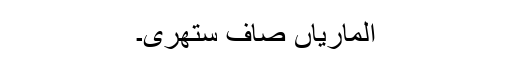
الماریاں صاف ستھری۔